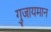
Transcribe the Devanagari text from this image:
गुजायमान